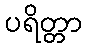
ပရိတ္တာ